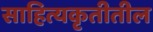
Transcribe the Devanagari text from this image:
साहित्यकृतीतील